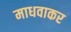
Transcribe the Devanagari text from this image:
माधवाकर